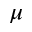
\mu